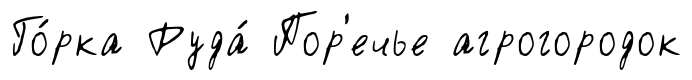
Го́рка Руда́ Пор'ечье агрогородок